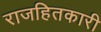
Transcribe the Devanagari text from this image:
राजहितकारी